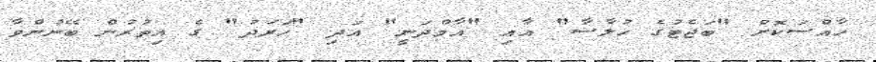
ހާއްސަކޮށް "ބަޖެޓުގެ ހުލާސާ" އާއި "އާމްދަނީ" އަދި "ހަރަދު" ގެ އިތުރުން ބޭނުންވާ